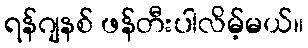
ရန်ဂျနစ် ဖန်တီးပါလိမ့်မယ်။